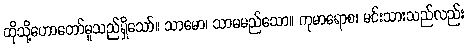
ထိုသို့ဟောတော်မူသည်ရှိသော်။ သာမော၊ သာမမည်သော။ ကုမာရောစ၊ မင်းသားသည်လည်း